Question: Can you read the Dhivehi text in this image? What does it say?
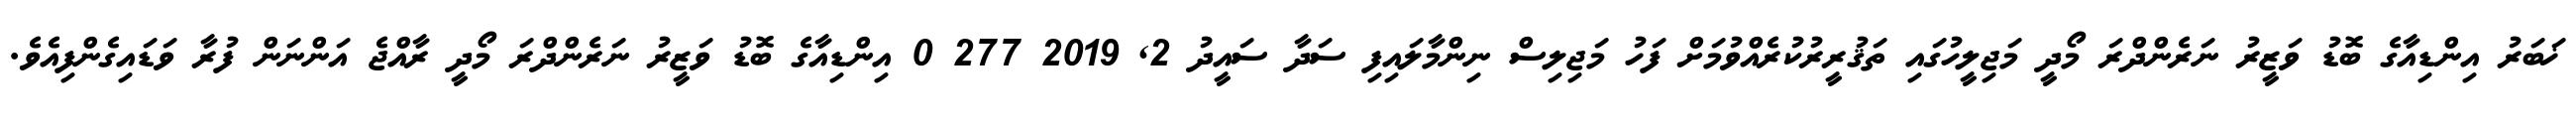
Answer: ޚަބަރު އިންޑިއާގެ ބޮޑު ވަޒީރު ނަރެންދްރަ މޯދީ މަޖިލީހުގައި ތަޤުރީރުކުރެއްވުމަށް ފަހު މަޖިލިސް ނިންމާލައިފި ސަދާ ސައީދު 2, 2019 277 0 އިންޑިއާގެ ބޮޑު ވަޒީރު ނަރެންދްރަ މޯދީ ރާއްޖެ އަންނަން ފުރާ ވަޑައިގެންފިއެވެ.